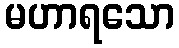
မဟာရသော